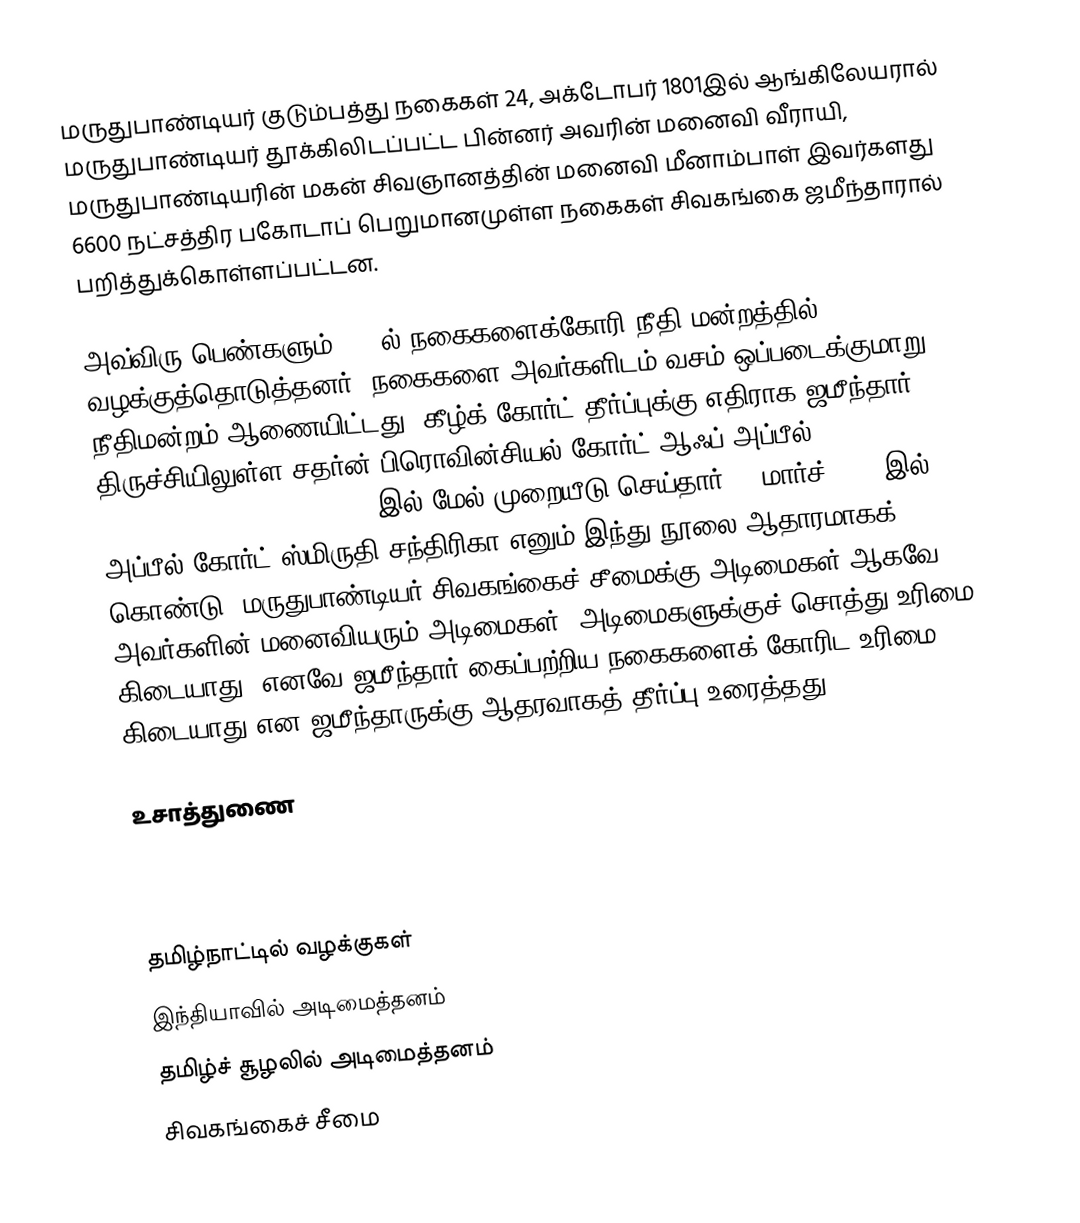
மருதுபாண்டியர் குடும்பத்து நகைகள்   24, அக்டோபர் 1801இல் ஆங்கிலேயரால் மருதுபாண்டியர் தூக்கிலிடப்பட்ட பின்னர் அவரின் மனைவி வீராயி, மருதுபாண்டியரின் மகன் சிவஞானத்தின் மனைவி மீனாம்பாள் இவர்களது 6600 நட்சத்திர பகோடாப் பெறுமானமுள்ள நகைகள் சிவகங்கை ஜமீந்தாரால் பறித்துக்கொள்ளப்பட்டன.

அவ்விரு பெண்களும் 1803ல் நகைகளைக்கோரி நீதி மன்றத்தில் வழக்குத்தொடுத்தனர். நகைகளை அவர்களிடம் வசம் ஒப்படைக்குமாறு நீதிமன்றம் ஆணையிட்டது. கீழ்க் கோர்ட் தீர்ப்புக்கு எதிராக ஜமீந்தார் திருச்சியிலுள்ள சதர்ன் பிரொவின்சியல் கோர்ட் ஆஃப் அப்பீல் (Southern Provincial Court of Appeal) இல் மேல் முறையீடு செய்தார். 3 மார்ச், 1806இல் அப்பீல் கோர்ட் ஸ்மிருதி சந்திரிகா எனும் இந்து நூலை ஆதாரமாகக் கொண்டு, மருதுபாண்டியர் சிவகங்கைச் சீமைக்கு அடிமைகள் ஆகவே அவர்களின் மனைவியரும் அடிமைகள். அடிமைகளுக்குச் சொத்து உரிமை கிடையாது. எனவே ஜமீந்தார் கைப்பற்றிய நகைகளைக் கோரிட உரிமை கிடையாது என ஜமீந்தாருக்கு ஆதரவாகத் தீர்ப்பு உரைத்தது.

உசாத்துணை

3.) No 363   Southern Provincial Court of Appeal Trichinopoly  dated 17 March 1806..........  as the property appears to have been taken by the Zemindar during the operation of military law in the district........

தமிழ்நாட்டில் வழக்குகள்
இந்தியாவில் அடிமைத்தனம்
தமிழ்ச் சூழலில் அடிமைத்தனம்
சிவகங்கைச் சீமை